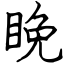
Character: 睌